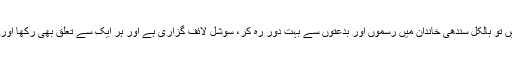
سندھ کے اس وقت کے غیر تہذیب یافتہ ماحول میں بیاہ کے گئی ہیں تو بالکل سندھی خاندان میں رسموں اور بدعتوں سے بہت دور رہ کر، سوشل لائف گزاری ہے اور ہر ایک سے تعلق بھی رکھا اور دل سے رکھا اور رشتے داریاں بھی بڑے احسن رنگ میں نبھائیں۔